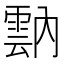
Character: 𩃠